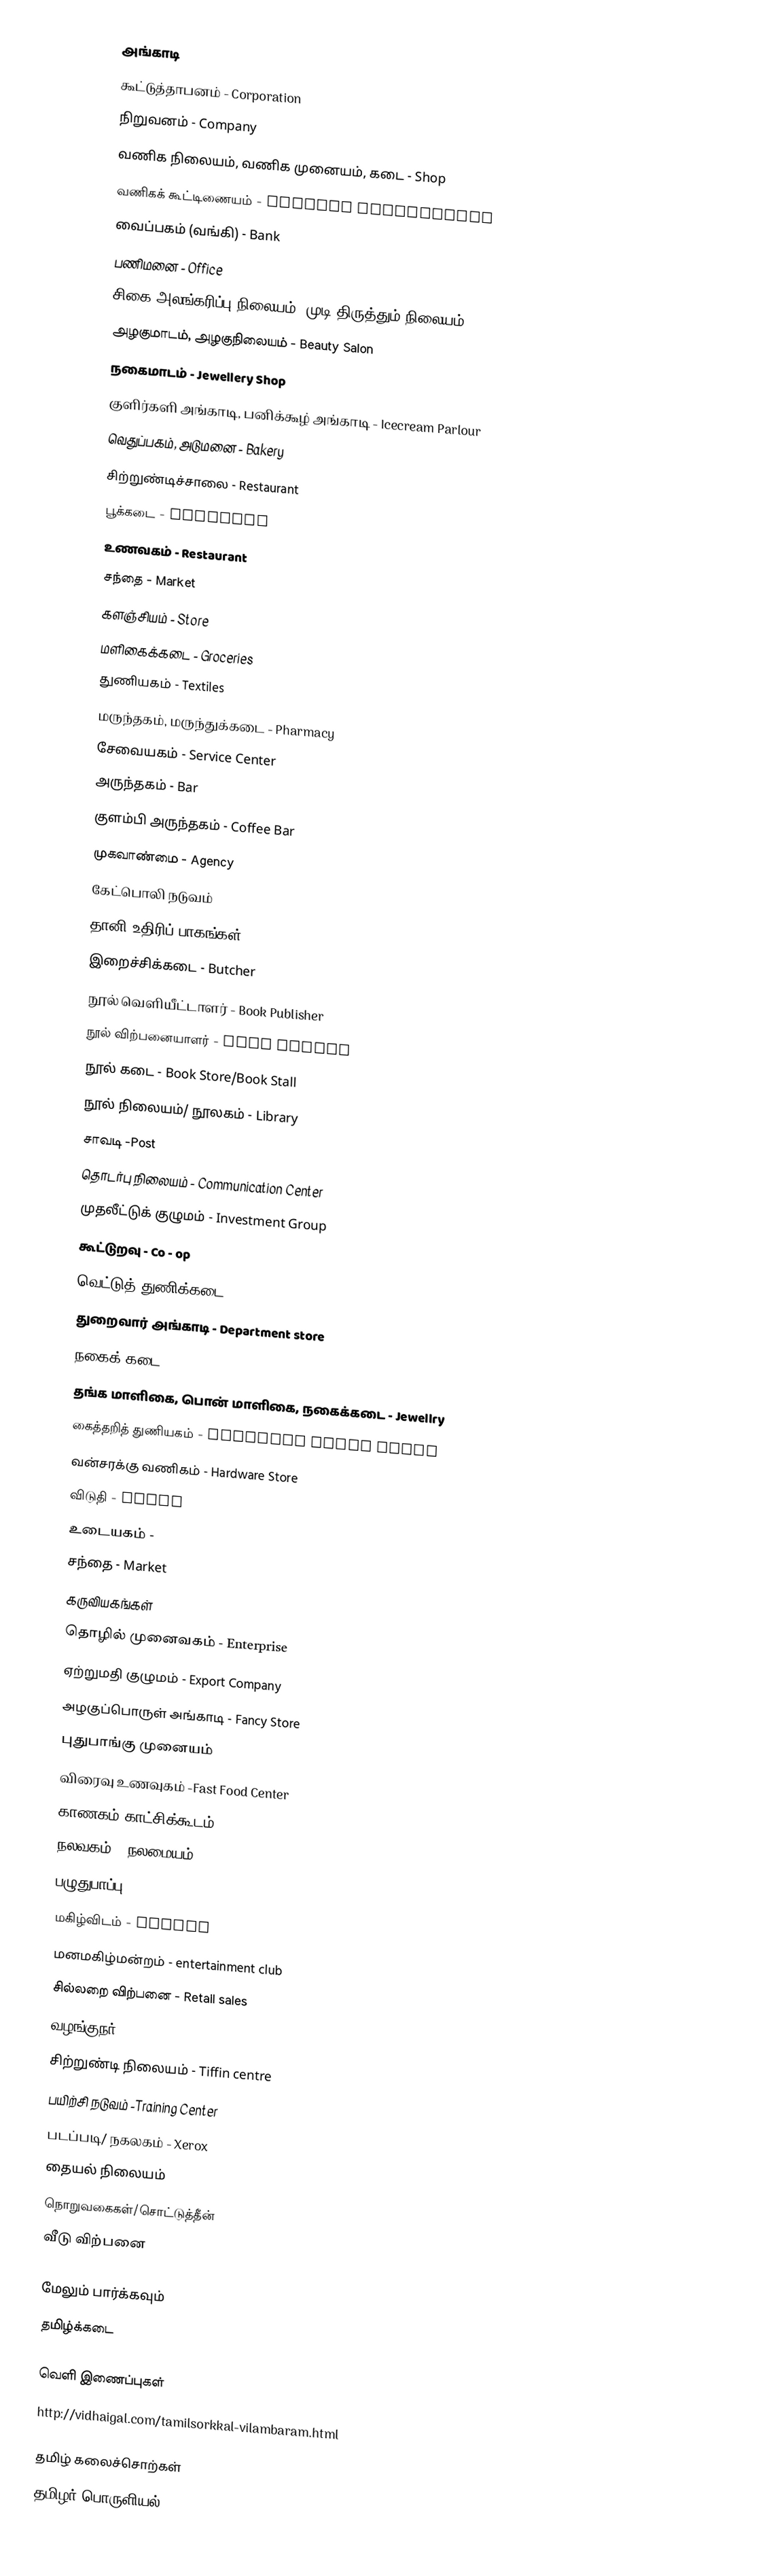
அங்காடி
 கூட்டுத்தாபனம் - Corporation
 நிறுவனம் - Company
 வணிக நிலையம், வணிக முனையம், கடை - Shop
 வணிகக் கூட்டிணையம் - Trading Corporation
 வைப்பகம் (வங்கி) - Bank
 பணிமனை - Office
 சிகை அலங்கரிப்பு நிலையம், முடி திருத்தும் நிலையம் - Salon
 அழகுமாடம், அழகுநிலையம் - Beauty Salon
 நகைமாடம் - Jewellery Shop
 குளிர்களி அங்காடி, பனிக்கூழ் அங்காடி - Icecream Parlour
 வெதுப்பகம், அடுமனை - Bakery
 சிற்றுண்டிச்சாலை - Restaurant
 பூக்கடை - Flourist
 உணவகம் - Restaurant
 சந்தை - Market
 களஞ்சியம் - Store
 மளிகைக்கடை - Groceries
 துணியகம் - Textiles
 மருந்தகம், மருந்துக்கடை - Pharmacy
 சேவையகம் - Service Center
 அருந்தகம் - Bar
 குளம்பி அருந்தகம் - Coffee Bar
 முகவாண்மை - Agency
 கேட்பொலி நடுவம்
 தானி உதிரிப் பாகங்கள் - Auto Spare parts
 இறைச்சிக்கடை - Butcher
 நூல் வெளியீட்டாளர் - Book Publisher
 நூல் விற்பனையாளர் - Book Seller
 நூல் கடை - Book Store/Book Stall
 நூல் நிலையம்/ நூலகம் - Library
 சாவடி -Post
 தொடர்பு நிலையம் - Communication Center
 முதலீட்டுக் குழுமம் - Investment Group
 கூட்டுறவு - Co - op
 வெட்டுத் துணிக்கடை
 துறைவார் அங்காடி - Department store
 நகைக் கடை - en:Jewellery
 தங்க மாளிகை, பொன் மாளிகை, நகைக்கடை - Jewellry
 கைத்தறித் துணியகம் - Handloom cloth store
 வன்சரக்கு வணிகம் - Hardware Store
 விடுதி - Hotel
 உடையகம் -
 சந்தை - Market
 கருவியகங்கள்
 தொழில் முனைவகம் - Enterprise
 ஏற்றுமதி குழுமம் - Export Company
 அழகுப்பொருள் அங்காடி - Fancy Store
 புதுபாங்கு முனையம்
 விரைவு உணவுகம் -Fast Food Center
 காணகம்,காட்சிக்கூடம் - showroom
 நலவகம் / நலமையம்- Health Center
 பழுதுபாப்பு - Repair
 மகிழ்விடம் - Resort
 மனமகிழ்மன்றம் - entertainment club
 சில்லறை விற்பனை - Retail sales
 வழங்குநர் - Supplier
 சிற்றுண்டி நிலையம் - Tiffin centre
 பயிற்சி நடுவம் -Training Center
 படப்படி/ நகலகம் - Xerox
 தையல் நிலையம்
 நொறுவகைகள்/சொட்டுத்தீன்
 வீடு விற்பனை

மேலும் பார்க்கவும்
 தமிழ்க்கடை

வெளி இணைப்புகள்
 http://vidhaigal.com/tamilsorkkal-vilambaram.html

தமிழ் கலைச்சொற்கள்
தமிழர் பொருளியல்